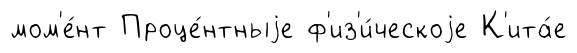
мом'е́нт Проце́нтныjе ф'из'и́ческоjе К'ита́е